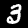
Digit: 3